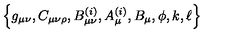
\left\{ g _ { \mu \nu } , C _ { \mu \nu \rho } , B _ { \mu \nu } ^ { ( i ) } , A _ { \mu } ^ { ( i ) } , B _ { \mu } , \phi , k , \ell \right\}